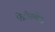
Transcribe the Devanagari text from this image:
ऐट्रोरुबेंस